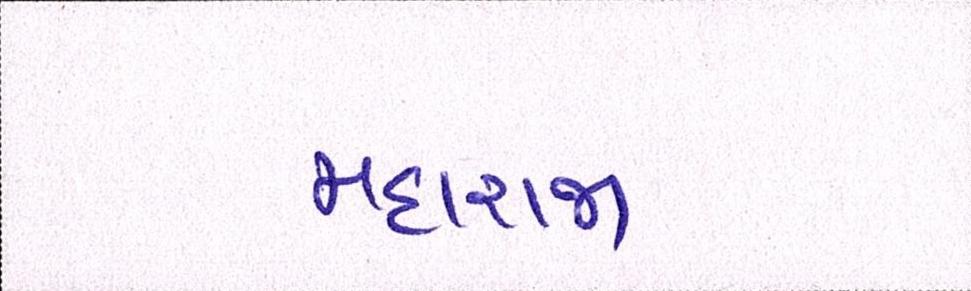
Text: મહારાજા